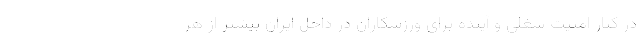
در کنار امنیت شغلی و آینده برای ورزشکاران در داخل ایران بیشتر از هر